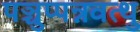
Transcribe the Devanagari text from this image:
पञ्चुप्पन्नवत्थु